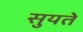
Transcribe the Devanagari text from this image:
सुयते